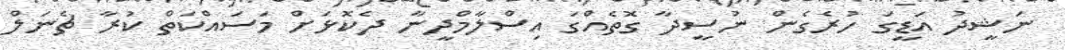
ނަޝީދު އަޑީގަ ހުރެގެން ނުސީދާ ގޮތެއްގަ އިސްލާމްދީނާ ދެކޮޅަށް މަސައްކަތް ކުރާ ޗެނަލް